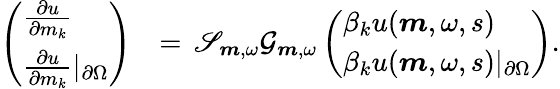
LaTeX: \begin{array}{rl}{\left(\begin{array}{l}{\frac{\partial u}{\partial m_{k}}}\\ {\frac{\partial u}{\partial m_{k}}\vert_{\partial\Omega}}\end{array}\right)}&{=\, \mathscr{S}_{\boldsymbol{m},\omega}\mathcal{G}_{\boldsymbol{m},\omega}\left(\begin{array}{l}{\beta_{k}u(\boldsymbol{m},\omega,s)}\\ {\beta_{k}u(\boldsymbol{m},\omega,s)\vert_{\partial\Omega}}\end{array}\right).}\end{array}